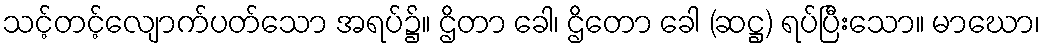
သင့်တင့်လျောက်ပတ်သော အရပ်၌။ ဌိတာ ခေါ၊ ဌိတော ခေါ (ဆဋ္ဌ) ရပ်ပြီးသော။ မာဃော၊